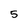
Character: 5